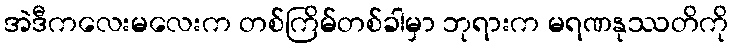
အဲဒီကလေးမလေးက တစ်ကြိမ်တစ်ခါမှာ ဘုရားက မရဏနုဿတိကို